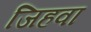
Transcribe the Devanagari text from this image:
जिहवा